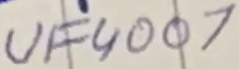
Text: UF4007